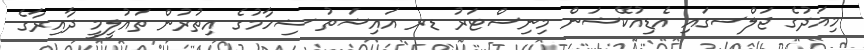
މިއަދުގެ ޖަލްސގައި އެޑިއުކޭޝަން މިނިސްޓަރު ޑރ އައިޝަތު ޝިހާމުގެ އިތުރުން ތައުލީމީ ދާއިރާގެ